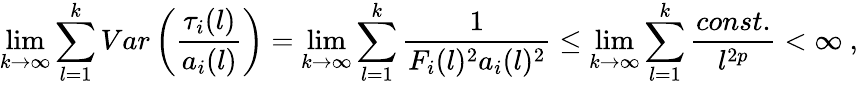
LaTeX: \operatorname*{lim}_{k\to\infty}\sum_{l=1}^{k}Var\left(\frac{\tau_{i}(l)}{a_{i}(l)}\right)=\operatorname*{lim}_{k\to\infty}\sum_{l=1}^{k}\frac{1}{F_{i}(l)^{2}a_{i}(l)^{2}}\le\operatorname*{lim}_{k\to\infty}\sum_{l=1}^{k}\frac{const.}{l^{2p}}<\infty\ ,